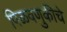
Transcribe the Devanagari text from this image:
पिळवणुकीचे